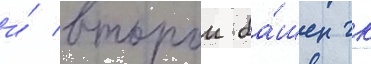
и́ второи ба́шен гк